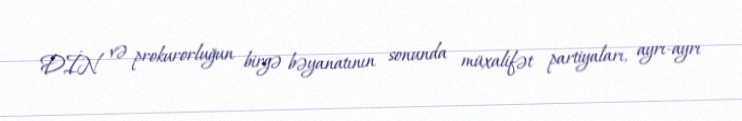
DİN və prokurorluğun birgə bəyanatının sonunda müxalifət partiyaları, ayrı-ayrı